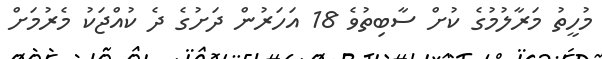
މުހީތު މަރާލުމުގެ ކުށް ސާބިތުވެ 18 އަހަރުން ދަށުގެ ދެ ކުއްޖަކު މެރުމަށް